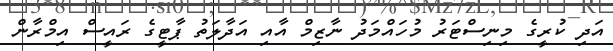
އަދި ކުރީގެ މިނިސްޓަރު މުހައްމަދު ނާޒިމް އާއި އަދާލަތު ޕާޓީގެ ރައީސް އިމްރާން